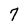
Character: 7